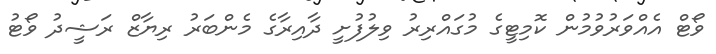
ވޯޓް އެއްވަރުވުމުން ކޮމިޓީގެ މުގައްރިރު ވިލުފުށީ ދާއިރާގެ މެންބަރު ރިޔާޒް ރަޝީދު ވޯޓު